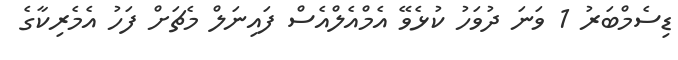
ޑިސެމްބަރު 1 ވަނަ ދުވަހު ކުޅެވޭ އެމްއެލްއެސް ފައިނަލް މެޗަށް ފަހު އެމެރިކާގެ